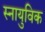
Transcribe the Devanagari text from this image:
स्नायुविक